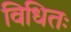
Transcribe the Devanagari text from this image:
विधितः